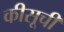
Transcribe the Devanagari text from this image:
कीसूची